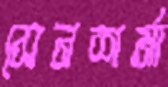
সেনশর্মা